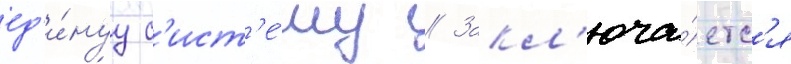
ед'и́нуу с'ист'е́му // Закл'юча́етс'я